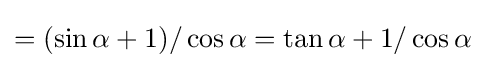
=(\sin \alpha +1)/\cos \alpha =\tan \alpha +1/\cos \alpha